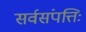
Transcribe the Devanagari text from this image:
सर्वसंपत्तिः